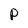
Character: p